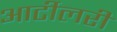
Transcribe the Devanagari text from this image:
आर्टीलरी